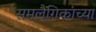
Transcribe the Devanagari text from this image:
समलैंगिकांच्या